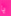
يا